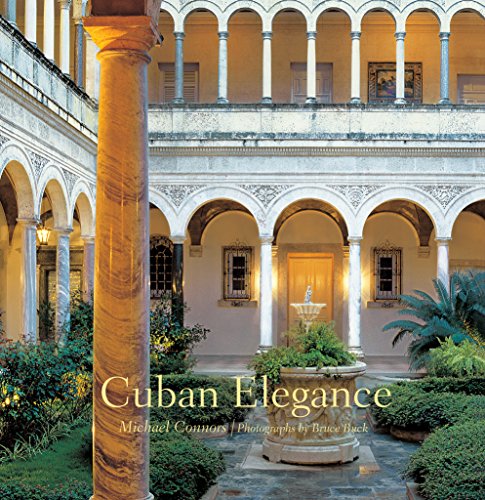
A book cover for Cuban Elegance; Michael Connors; Travel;